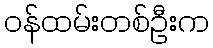
ဝန်ထမ်းတစ်ဦးက